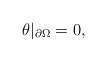
\begin{align*}\theta|_{\partial\Omega}=0,\end{align*}